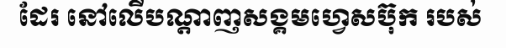
ដែរ នៅលើបណ្តាញសង្គមហ្វេសប៊ុក របស់